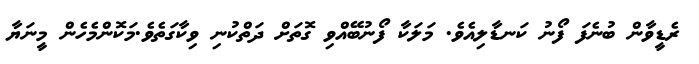
ރެޑީވާން ބުނެފަ ފޯނު ކަނޑާލިއެވެ. މަލަކާ ފޯނުބޭއްވި ގޮތަށް ދަތްކުނި ވިކާގަތެވެ.މަކޮންމެހެން މީނަޔާ